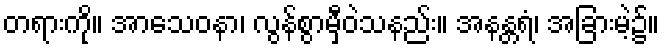
တရားကို။ အာသေဝနာ၊ လွန်စွာမှီဝဲသနည်း။ အနန္တရံ၊ အခြားမဲ့၌။